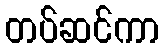
တပ်ဆင်ကာ